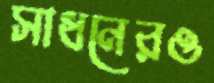
সাধনেরও